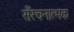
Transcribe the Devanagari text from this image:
सँरचनात्मक